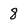
Character: 8